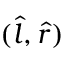
( { \hat { l } } , { \hat { r } } )